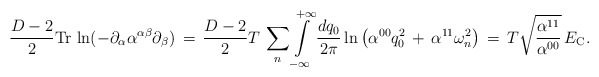
\begin{align*}\frac{D-2}{2}\mbox{Tr}\,\ln(-\partial_\alpha\alpha^{\alpha\beta}\partial_\beta)\,=\,\frac{D-2}{2}T\,\sum_{n}^{}\int\limits_{-\infty}^{+\infty}\frac{dq_0}{2\pi}\ln\left(\alpha^{00}q_0^2\,+\,\alpha^{11}{\omega_n^2}\right)\,=\,{T}\sqrt{\frac{\alpha^{11}}{\alpha^{00}}}\,E_{\rm C}{.}\end{align*}